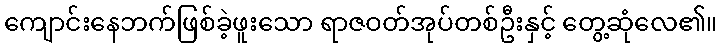
ကျောင်းနေဘက်ဖြစ်ခဲ့ဖူးသော ရာဇဝတ်အုပ်တစ်ဦးနှင့် တွေ့ဆုံလေ၏။